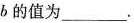
b的值为___.